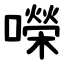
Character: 㘇